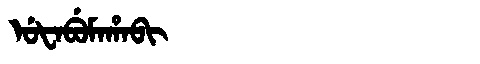
Manchu: ᡠᡶᠠᠪᡠᠮᠠᡥᠠᠪᡳ
Romanization: UFABUMAHABI